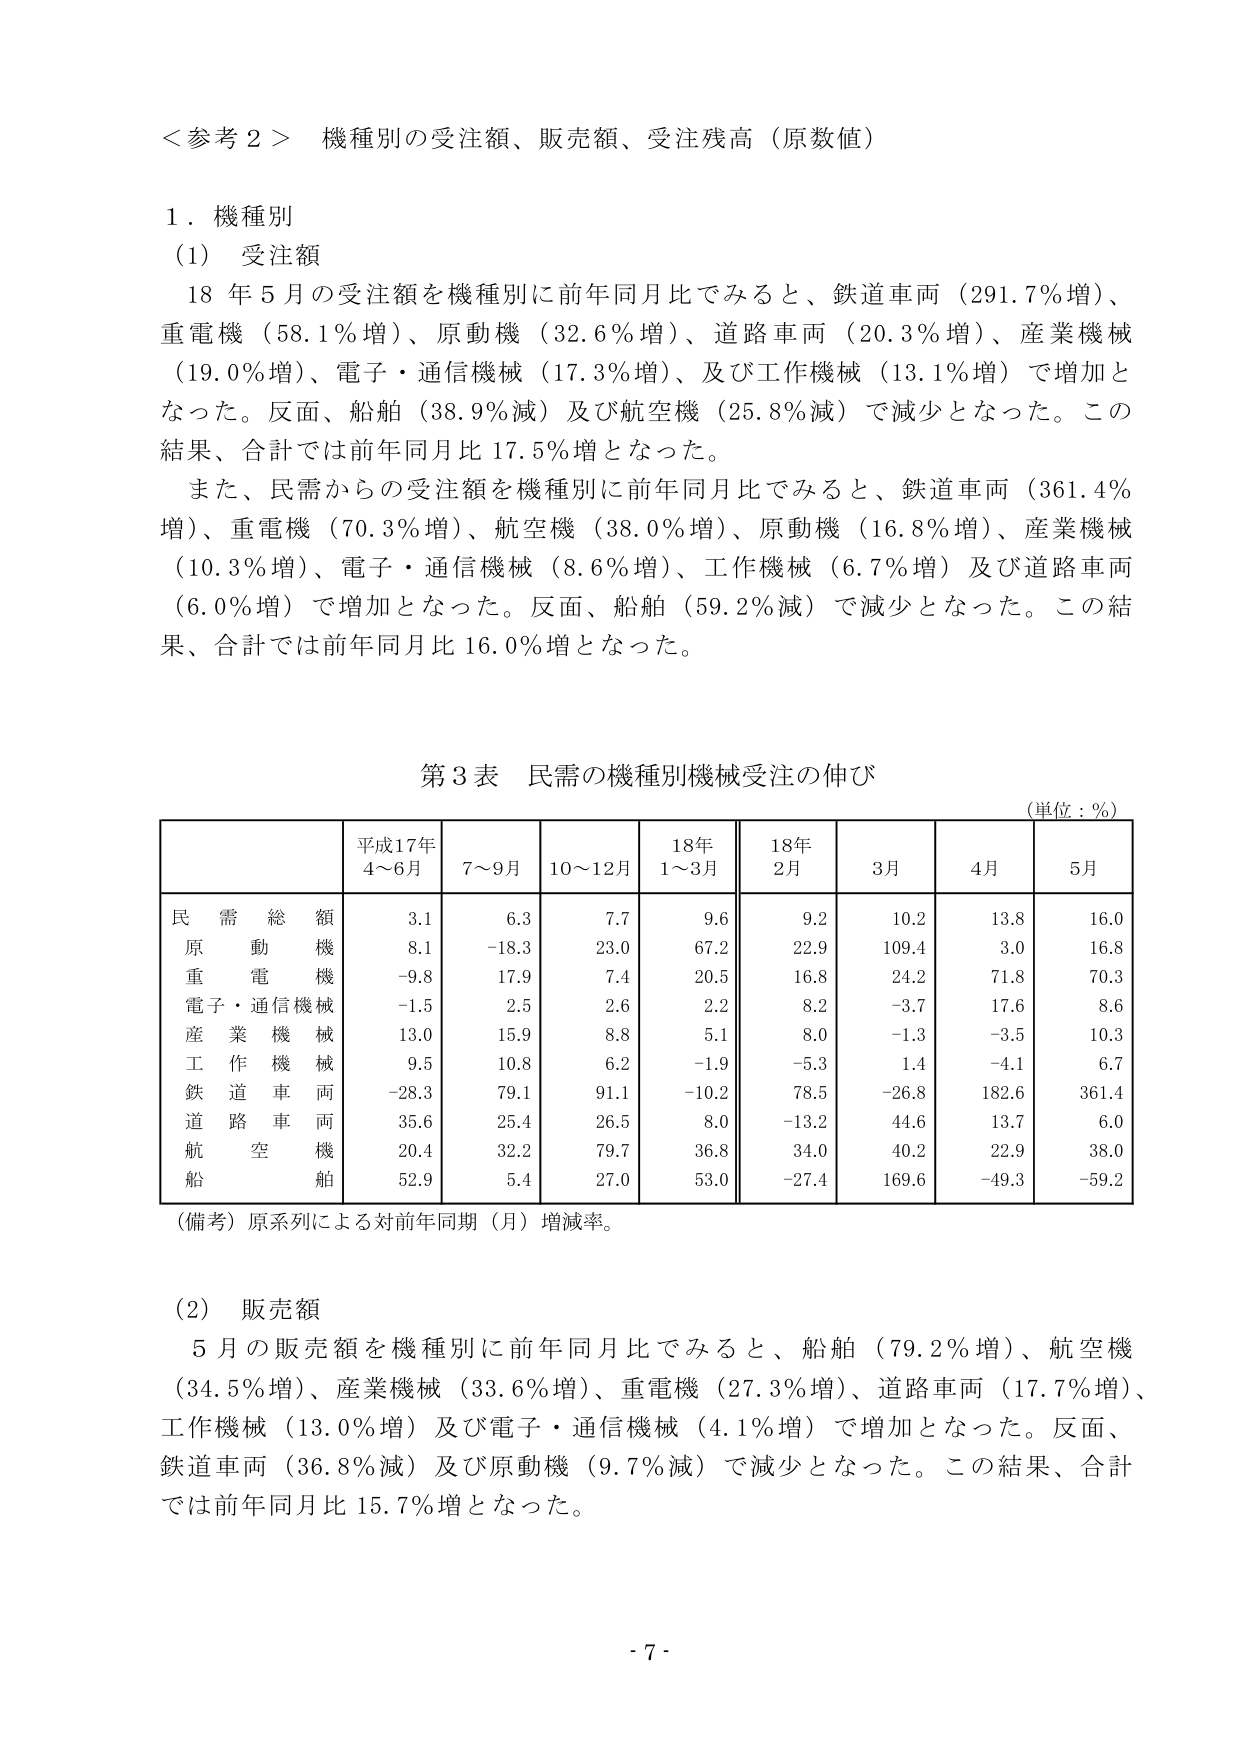
＜参考２＞ 機種別の受注額、販売額、受注残高（原数値）

１．機種別

（1）受注額

　18年5月の受注額を機種別に前年同月比でみると、鉄道車両（291.7％増）、重電機（58.1％増）、原動機（32.6％増）、道路車両（20.3％増）、産業機械（19.0％増）、電子・通信機械（17.3％増）、及び工作機械（13.1％増）で増加となった。反面、船舶（38.9％減）及び航空機（25.8％減）で減少となった。この結果、合計では前年同月比17.5％増となった。

　また、民需からの受注額を機種別に前年同月比でみると、鉄道車両（361.4％増）、重電機（70.3％増）、航空機（38.0％増）、原動機（16.8％増）、産業機械（10.3％増）、電子・通信機械（8.6％増）、工作機械（6.7％増）及び道路車両（6.0％増）で増加となった。反面、船舶（59.2％減）で減少となった。この結果、合計では前年同月比16.0％増となった。

第3表 民需の機種別機械受注の伸び
（単位：％）

| | 平成17年4～6月 | 7～9月 | 10～12月 | 18年1～3月 | 18年2月 | 3月 | 4月 | 5月 |
|---|---|---|---|---|---|---|---|---|
| 民需総額 | 3.1 | 6.3 | 7.7 | 9.6 | 9.2 | 10.2 | 13.8 | 16.0 |
| 原動機 | 8.1 | -18.3 | 23.0 | 67.2 | 22.9 | 109.4 | 3.0 | 16.8 |
| 重電機 | -9.8 | 17.9 | 7.4 | 20.5 | 16.8 | 24.2 | 71.8 | 70.3 |
| 電子・通信機械 | -1.5 | 2.5 | 2.6 | 2.2 | 8.2 | -3.7 | 17.6 | 8.6 |
| 産業機械 | 13.0 | 15.9 | 8.8 | 5.1 | 8.0 | -1.3 | -3.5 | 10.3 |
| 工作機械 | 9.5 | 10.8 | 6.2 | -1.9 | -5.3 | 1.4 | -4.1 | 6.7 |
| 鉄道車両 | -28.3 | 79.1 | 91.1 | -10.2 | 78.5 | -26.8 | 182.6 | 361.4 |
| 道路車両 | 35.6 | 25.4 | 26.5 | 8.0 | -13.2 | 44.6 | 13.7 | 6.0 |
| 航空機 | 20.4 | 32.2 | 79.7 | 36.8 | 34.0 | 40.2 | 22.9 | 38.0 |
| 船舶 | 52.9 | 5.4 | 27.0 | 53.0 | -27.4 | 169.6 | -49.3 | -59.2 |

（備考）原系列による対前年同期（月）増減率。

（2）販売額

　5月の販売額を機種別に前年同月比でみると、船舶（79.2％増）、航空機（34.5％増）、産業機械（33.6％増）、重電機（27.3％増）、道路車両（17.7％増）、工作機械（13.0％増）及び電子・通信機械（4.1％増）で増加となった。反面、鉄道車両（36.8％減）及び原動機（9.7％減）で減少となった。この結果、合計では前年同月比15.7％増となった。

- 7 -